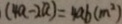
( 4 a - 2 a ) = 4 a b ( m ^ { 2 } )